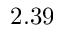
2 . 3 9